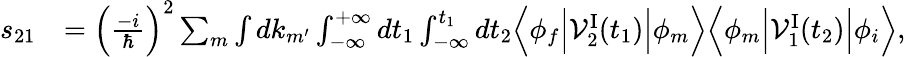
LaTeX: \begin{array}{rl}{s_{21}}&{=\Big(\frac{-i}{\hbar}\Big)^{2}\sum_{m}\int dk_{m^{\prime}}\int_{-\infty}^{+\infty}dt_{1}\int_{-\infty}^{t_{1}}dt_{2}\Big\langle\phi_{f}\Big\vert{\cal V}_{2}^{\mathrm{I}}(t_{1})\Big\vert\phi_{m}\Big\rangle\Big\langle\phi_{m}\Big\vert{\cal V}_{1}^{\mathrm{I}}(t_{2})\Big\vert\phi_{i}\Big\rangle,}\end{array}